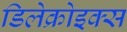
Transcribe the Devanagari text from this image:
डिलेक्रोइक्‍स